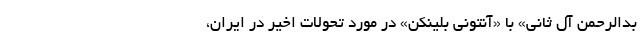
بدالرحمن آل ثانی» با «آنتونی بلینکن» در مورد تحولات اخیر در ایران،